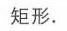
矩形.